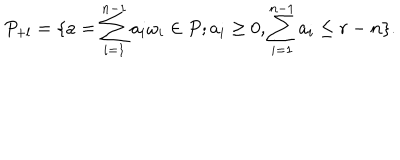
P _ { + l } = \{ a = \sum _ { i = 1 } ^ { n - 1 } a _ { i } \omega _ { i } \in P ; a _ { i } \ge 0 , \sum _ { i = 1 } ^ { n - 1 } a _ { i } \le r - n \} .